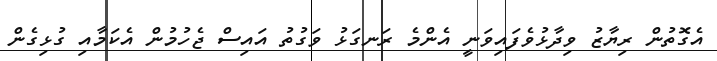
އެގޮތުން ރިޔާޒު ވިދާޅުވެފައިވަނީ އެންމެ ރަނގަޅު ވަގުތު އައިސް ޖެހުމުން އެކަމާއި ގުޅިގެން